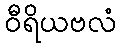
ဝီရိယဗလံ